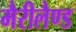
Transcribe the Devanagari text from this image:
मैरीलैण्ड